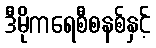
ဒီမိုကရေစီစနစ်နှင့်